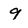
Character: 9